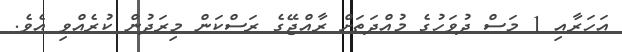
އަހަރާއި 1 މަސް ދުވަހުގެ މުއްދަތަށް ރާއްޖޭގެ ރަސްކަން މިރަދުން ކުރެއްވި އެވެ.